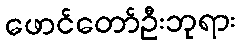
ဖောင်တော်ဦးဘုရား